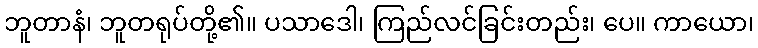
ဘူတာနံ၊ ဘူတရုပ်တို့၏။ ပသာဒေါ၊ ကြည်လင်ခြင်းတည်း၊ ပေ။ ကာယော၊